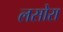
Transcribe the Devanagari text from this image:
लसोरा